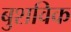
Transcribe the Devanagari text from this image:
बुशविक